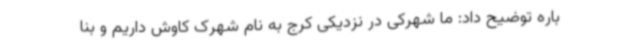
باره توضیح داد: ما شهرکی در نزدیکی کرج به نام شهرک کاوش داریم و بنا